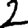
Digit: 2